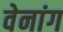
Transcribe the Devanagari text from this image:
वेनांग